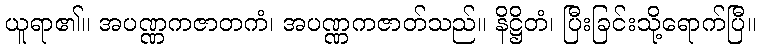
ယူရာ၏။ အပဏ္ဏကဇာတကံ၊ အပဏ္ဏကဇာတ်သည်။ နိဋ္ဌိတံ၊ ပြီးခြင်းသို့ရောက်ပြီ။